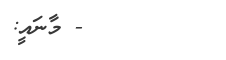
١٢  - މާނައީ: